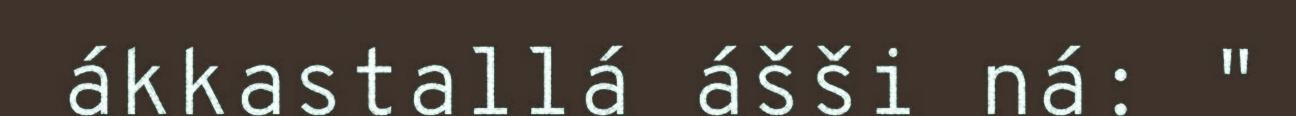
ákkastallá ášši ná: "